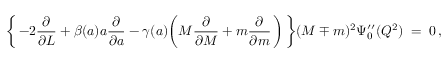
\biggl \{ \, - 2 \frac { \partial } { \partial L } + \beta ( a ) a \frac { \partial } { \partial a } - \gamma ( a ) \biggl ( M \frac { \partial } { \partial M } + m \frac { \partial } { \partial m } \, \biggr ) \, \biggr \} ( M \mp m ) ^ { 2 } \Psi _ { 0 } ^ { \prime \prime } ( Q ^ { 2 } ) \; = \; 0 \, ,